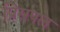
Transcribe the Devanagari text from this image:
प्रिसपल